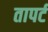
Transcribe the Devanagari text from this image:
तापर्ट